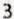
3